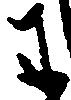
わ